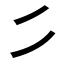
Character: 𰀪